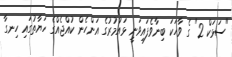
"ސަޅަކް 2" ގެ ވާހަކަ ބިނާވެފައިވަނީ ޅައުމުރުގެ އަންހެން ކުއްޖެއްގެ ހަޔާތުގައި ހިނގާ